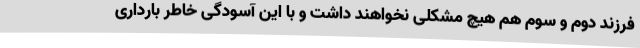
فرزند دوم و سوم هم هیچ مشکلی نخواهند داشت و با این آسودگی خاطر بارداری